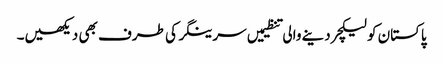
پاکستان کو لیکچر دینے والی تنظیمیں سرینگر کی طرف بھی دیکھیں۔